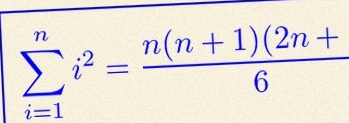
\sum_{i=1}^{n}i^2=\frac{n(n+1)(2n+1)}6